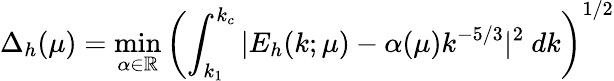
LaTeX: \Delta_{h}(\mu)=\operatorname*{min}_{\alpha\in\mathbb{R}}\left(\int_{k_{1}}^{k_{c}}|E_{h}(k;\mu)-\alpha(\mu)k^{-5/3}|^{2}\ dk\right)^{1/2}